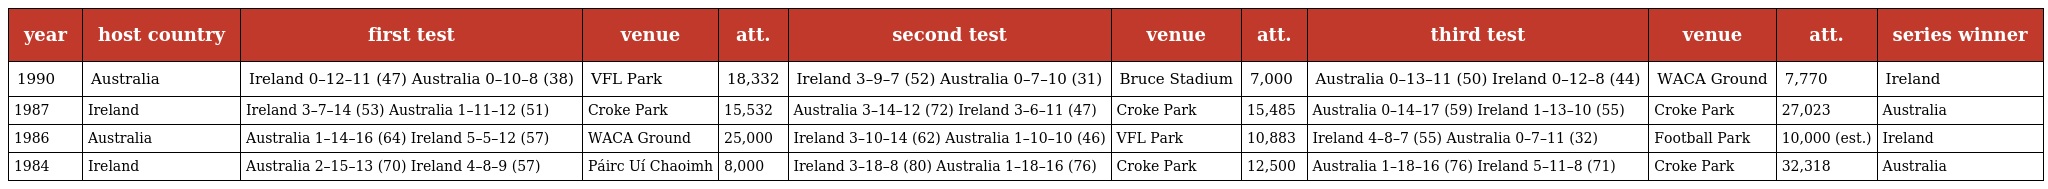
| year | host country | first test | venue | att. | second test | venue | att. | third test | venue | att. | series winner |
 | --- | --- | --- | --- | --- | --- | --- | --- | --- | --- | --- | --- |
 | 1990 | Australia | Ireland 0–12–11 (47) Australia 0–10–8 (38) | VFL Park | 18,332 | Ireland 3–9–7 (52) Australia 0–7–10 (31) | Bruce Stadium | 7,000 | Australia 0–13–11 (50) Ireland 0–12–8 (44) | WACA Ground | 7,770 | Ireland |
 | 1987 | Ireland | Ireland 3–7–14 (53) Australia 1–11–12 (51) | Croke Park | 15,532 | Australia 3–14–12 (72) Ireland 3–6–11 (47) | Croke Park | 15,485 | Australia 0–14–17 (59) Ireland 1–13–10 (55) | Croke Park | 27,023 | Australia |
 | 1986 | Australia | Australia 1–14–16 (64) Ireland 5–5–12 (57) | WACA Ground | 25,000 | Ireland 3–10–14 (62) Australia 1–10–10 (46) | VFL Park | 10,883 | Ireland 4–8–7 (55) Australia 0–7–11 (32) | Football Park | 10,000 (est.) | Ireland |
 | 1984 | Ireland | Australia 2–15–13 (70) Ireland 4–8–9 (57) | Páirc Uí Chaoimh | 8,000 | Ireland 3–18–8 (80) Australia 1–18–16 (76) | Croke Park | 12,500 | Australia 1–18–16 (76) Ireland 5–11–8 (71) | Croke Park | 32,318 | Australia |